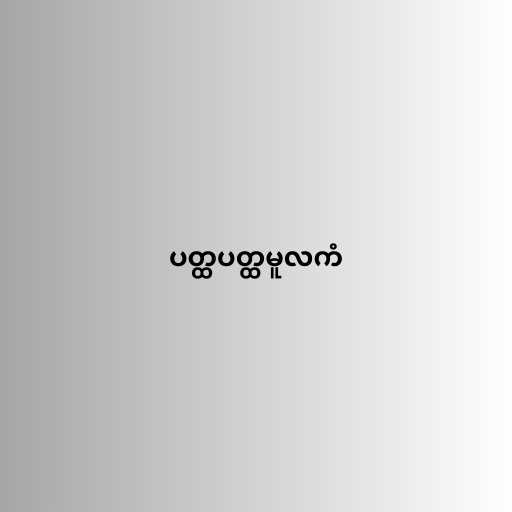
ပတ္ထပတ္ထမူလကံ